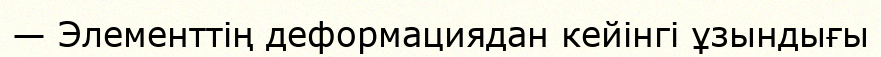
— Элементтің деформациядан кейінгі ұзындығы